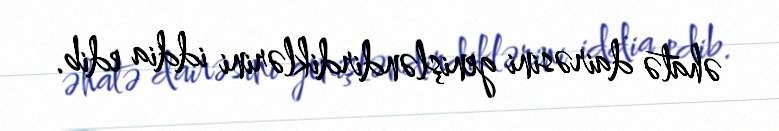
əhatə dairəsini genişləndirdiklərini iddia edib.